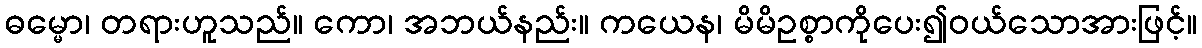
ဓမ္မော၊ တရားဟူသည်။ ကော၊ အဘယ်နည်း။ ကယေန၊ မိမိဥစ္စာကိုပေး၍ဝယ်သောအားဖြင့်။